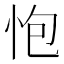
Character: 怉